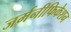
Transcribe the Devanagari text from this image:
जर्मनीफिकेशन